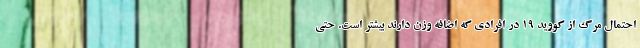
احتمال مرگ از کووید ۱۹ در افرادی که اضافه وزن دارند بیشتر است. حتی